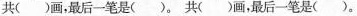
共( )画，最后一笔是( )。共( )画，最后一笔是( )。